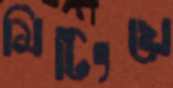
মিটিংয়ে